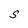
Character: S